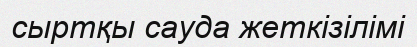
сыртқы сауда жеткізілімі